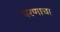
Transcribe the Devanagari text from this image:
चरणाचा